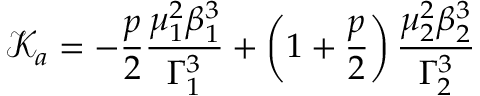
\mathcal { K } _ { a } = - \frac { p } { 2 } \frac { \mu _ { 1 } ^ { 2 } \beta _ { 1 } ^ { 3 } } { \Gamma _ { 1 } ^ { 3 } } + \left( 1 + \frac { p } { 2 } \right) \frac { \mu _ { 2 } ^ { 2 } \beta _ { 2 } ^ { 3 } } { \Gamma _ { 2 } ^ { 3 } }